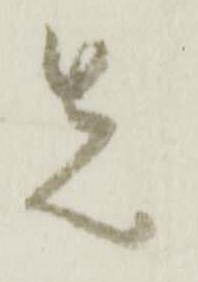
先